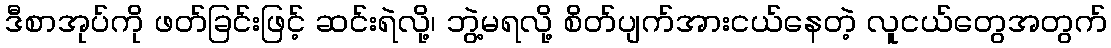
ဒီစာအုပ်ကို ဖတ်ခြင်းဖြင့် ဆင်းရဲလို့၊ ဘွဲ့မရလို့ စိတ်ပျက်အားငယ်နေတဲ့ လူငယ်တွေအတွက်